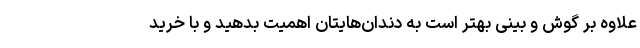
علاوه بر گوش و بینی بهتر است به دندان‌هایتان اهمیت بدهید و با خرید